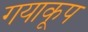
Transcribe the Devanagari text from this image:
गयाकूप